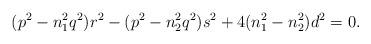
LaTeX: \begin{align*}(p^2-n_1^2q^2)r^2-(p^2-n_2^2q^2)s^2+4(n_1^2-n_2^2)d^2=0. \end{align*}